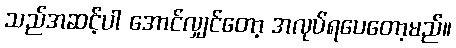
သည်အဆင့်ပါ အောင်လျှင်တော့ အလုပ်ရပေတော့မည်။